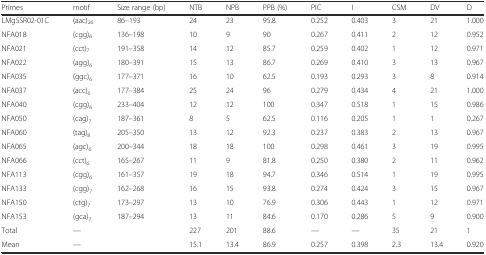
<table><thead><tr><td><b>Primes</b></td><td><b>motif</b></td><td><b>Size range (bp)</b></td><td><b>NTB</b></td><td><b>NPB</b></td><td><b>PPB (%)</b></td><td><b>PIC</b></td><td><b>I</b></td><td><b>CSM</b></td><td><b>DV</b></td><td><b>D</b></td></tr></thead><tbody><tr><td>LMgSSR02-01C</td><td>(aac)<sub>26</sub></td><td>86–193</td><td>24</td><td>23</td><td>95.8</td><td>0.252</td><td>0.403</td><td>3</td><td>21</td><td>1.000</td></tr><tr><td>NFA018</td><td>(cgg)<sub>6</sub></td><td>136–198</td><td>10</td><td>9</td><td>90</td><td>0.267</td><td>0.411</td><td>2</td><td>12</td><td>0.952</td></tr><tr><td>NFA021</td><td>(cct)<sub>7</sub></td><td>191–358</td><td>14</td><td>12</td><td>85.7</td><td>0.259</td><td>0.402</td><td>1</td><td>12</td><td>0.971</td></tr><tr><td>NFA022</td><td>(agg)<sub>6</sub></td><td>180–391</td><td>15</td><td>13</td><td>86.7</td><td>0.269</td><td>0.410</td><td>3</td><td>13</td><td>0.967</td></tr><tr><td>NFA035</td><td>(ggc)<sub>6</sub></td><td>177–371</td><td>16</td><td>10</td><td>62.5</td><td>0.193</td><td>0.293</td><td>3</td><td>8</td><td>0.914</td></tr><tr><td>NFA037</td><td>(acc)<sub>6</sub></td><td>177–384</td><td>25</td><td>24</td><td>96</td><td>0.279</td><td>0.434</td><td>4</td><td>21</td><td>1.000</td></tr><tr><td>NFA040</td><td>(cgg)<sub>6</sub></td><td>233–404</td><td>12</td><td>12</td><td>100</td><td>0.347</td><td>0.518</td><td>1</td><td>15</td><td>0.986</td></tr><tr><td>NFA050</td><td>(cag)<sub>7</sub></td><td>187–361</td><td>8</td><td>5</td><td>62.5</td><td>0.116</td><td>0.205</td><td>1</td><td>1</td><td>0.267</td></tr><tr><td>NFA060</td><td>(tag)<sub>8</sub></td><td>205–350</td><td>13</td><td>12</td><td>92.3</td><td>0.237</td><td>0.383</td><td>2</td><td>13</td><td>0.967</td></tr><tr><td>NFA065</td><td>(agc)<sub>6</sub></td><td>200–344</td><td>18</td><td>18</td><td>100</td><td>0.298</td><td>0.461</td><td>3</td><td>19</td><td>0.995</td></tr><tr><td>NFA066</td><td>(cct)<sub>6</sub></td><td>165–267</td><td>11</td><td>9</td><td>81.8</td><td>0.250</td><td>0.380</td><td>2</td><td>11</td><td>0.962</td></tr><tr><td>NFA113</td><td>(cgg)<sub>6</sub></td><td>161–357</td><td>19</td><td>18</td><td>94.7</td><td>0.346</td><td>0.514</td><td>1</td><td>19</td><td>0.995</td></tr><tr><td>NFA133</td><td>(cgg)<sub>7</sub></td><td>162–268</td><td>16</td><td>15</td><td>93.8</td><td>0.274</td><td>0.424</td><td>3</td><td>15</td><td>0.967</td></tr><tr><td>NFA150</td><td>(ctg)<sub>7</sub></td><td>173–297</td><td>13</td><td>10</td><td>76.9</td><td>0.306</td><td>0.443</td><td>1</td><td>12</td><td>0.971</td></tr><tr><td>NFA153</td><td>(gca)<sub>7</sub></td><td>187–294</td><td>13</td><td>11</td><td>84.6</td><td>0.170</td><td>0.286</td><td>5</td><td>9</td><td>0.900</td></tr><tr><td>Total</td><td>—</td><td></td><td>227</td><td>201</td><td>88.6</td><td>—</td><td>—</td><td>35</td><td>21</td><td>1</td></tr><tr><td>Mean</td><td>—</td><td></td><td>15.1</td><td>13.4</td><td>86.9</td><td>0.257</td><td>0.398</td><td>2.3</td><td>13.4</td><td>0.920</td></tr></tbody></table>